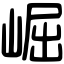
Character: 崛